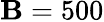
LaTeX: \mathbf{B}=500